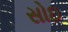
સોઇ